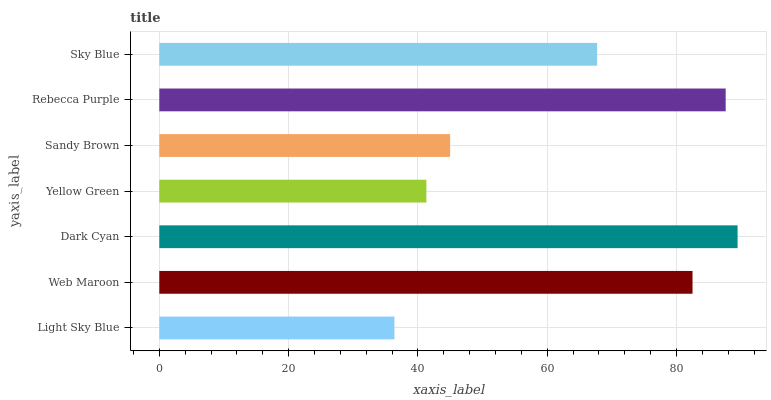
| yaxis_label | bars |
 | --- | --- |
 | Light Sky Blue | 36.4 |
 | Web Maroon | 82.5 |
 | Dark Cyan | 89.5 |
 | Yellow Green | 41.3 |
 | Sandy Brown | 45 |
 | Rebecca Purple | 87.6 |
 | Sky Blue | 67.7 |